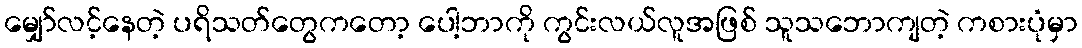
မျှော်လင့်နေတဲ့ ပရိသတ်တွေကတော့ ပေါ့ဘာကို ကွင်းလယ်လူအဖြစ် သူသဘောကျတဲ့ ကစားပုံမှာ